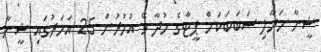
ޝީނާ މަރާލި ސަބަބަކަށް ޕީޓާގެ މުދާ ވޭ އުމުރުން 25 އަހަރުގައި ޝީނާ